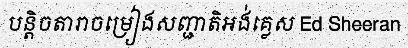
បន្តិចតារាចម្រៀងសញ្ជាតិអង់គ្លេស Ed Sheeran